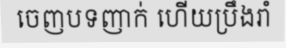
ចេញបទញាក់ ហើយប្រឹងរាំ